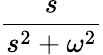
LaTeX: \frac{s}{s^{2}+\omega^{2}}